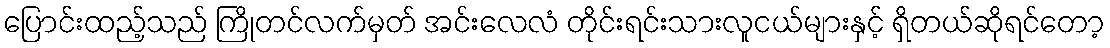
ပြောင်းထည့်သည် ကြိုတင်လက်မှတ် အင်းလေလံ တိုင်းရင်းသားလူငယ်များနှင့် ရှိတယ်ဆိုရင်တော့